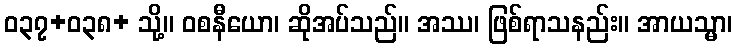
ဝ၃၇+၀၃၈+ သို့။ ဝစနီယော၊ ဆိုအပ်သည်။ အဿ၊ ဖြစ်ရာသနည်း။ အာယသ္မာ၊